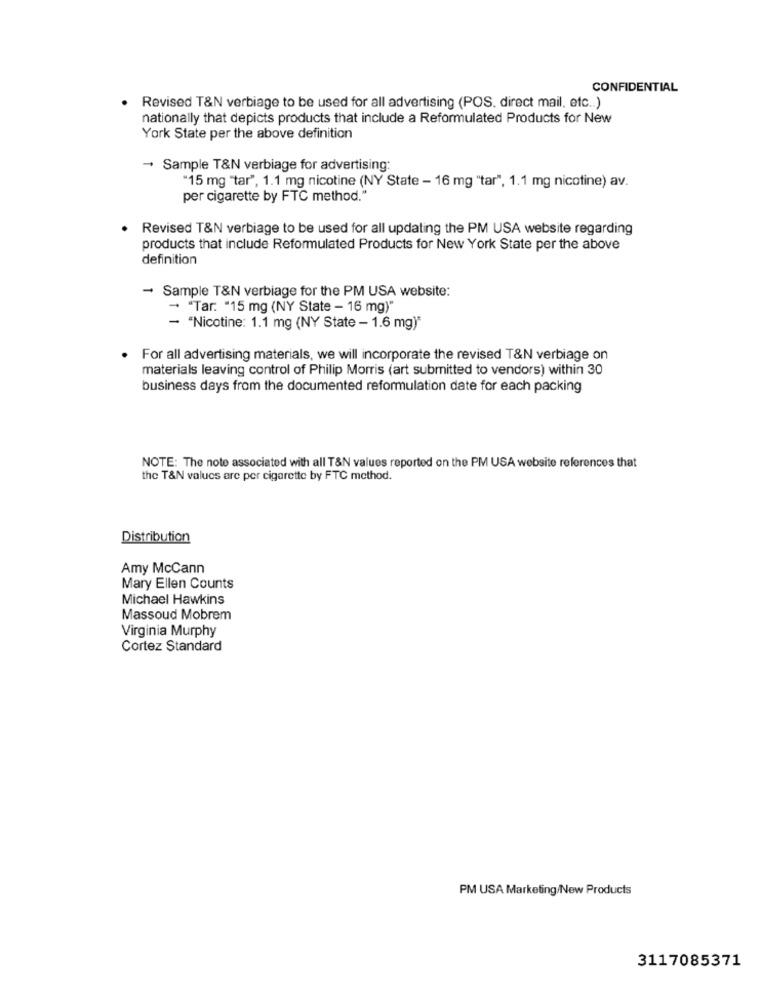
CONFIDENTIAL
· Revised T&N verbiage to be used for all advertising (POS. direct mail, etc .. )
nationally that depicts products that include a Reformulated Products for New
York State per the above definition
- Sample T&N verbiage for advertising:
"15 mg "tar", 1.1 mg nicotine (NY State - 16 mg "tar", 1.1 mg nicotine) av.
per cigarette by FTC method."
. Revised T&N verbiage to be used for all updating the PM USA website regarding
products that include Reformulated Products for New York State per the above
definition
- Sample T&N verbiage for the PM USA website:
- "Tar. "15 mg (NY State - 16 mg)"
- "Nicotine: 1.1 mg (NY State - 1.6 mg)"
. For all advertising materials, we will incorporate the revised T&N verbiage on
materials leaving control of Philip Morris (art submitted to vendors) within 30
business days from the documented reformulation date for each packing
NOTE: The note associated with all T&N values reported on the PM USA website references that
the T&N values are per cigarette by FTC method.
Distribution
Amy McCann
Mary Ellen Counts
Michael Hawkins
Massoud Mobrem
Virginia Murphy
Cortez Standard
PM USA Marketing/New Products
3117085371